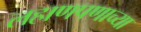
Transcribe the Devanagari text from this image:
लहाणपणाच्या